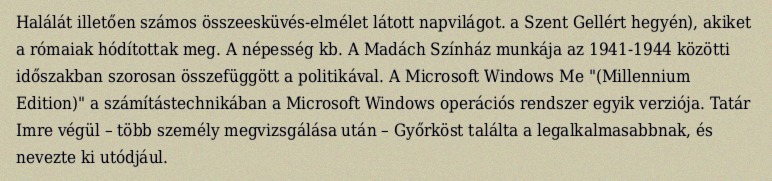
Halálát illetően számos összeesküvés-elmélet látott napvilágot. a Szent Gellért hegyén), akiket a rómaiak hódítottak meg. A népesség kb. A Madách Színház munkája az 1941-1944 közötti időszakban szorosan összefüggött a politikával. A Microsoft Windows Me "(Millennium Edition)" a számítástechnikában a Microsoft Windows operációs rendszer egyik verziója. Tatár Imre végül – több személy megvizsgálása után – Győrköst találta a legalkalmasabbnak, és nevezte ki utódjául.